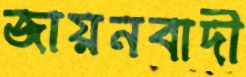
জায়নবাদী